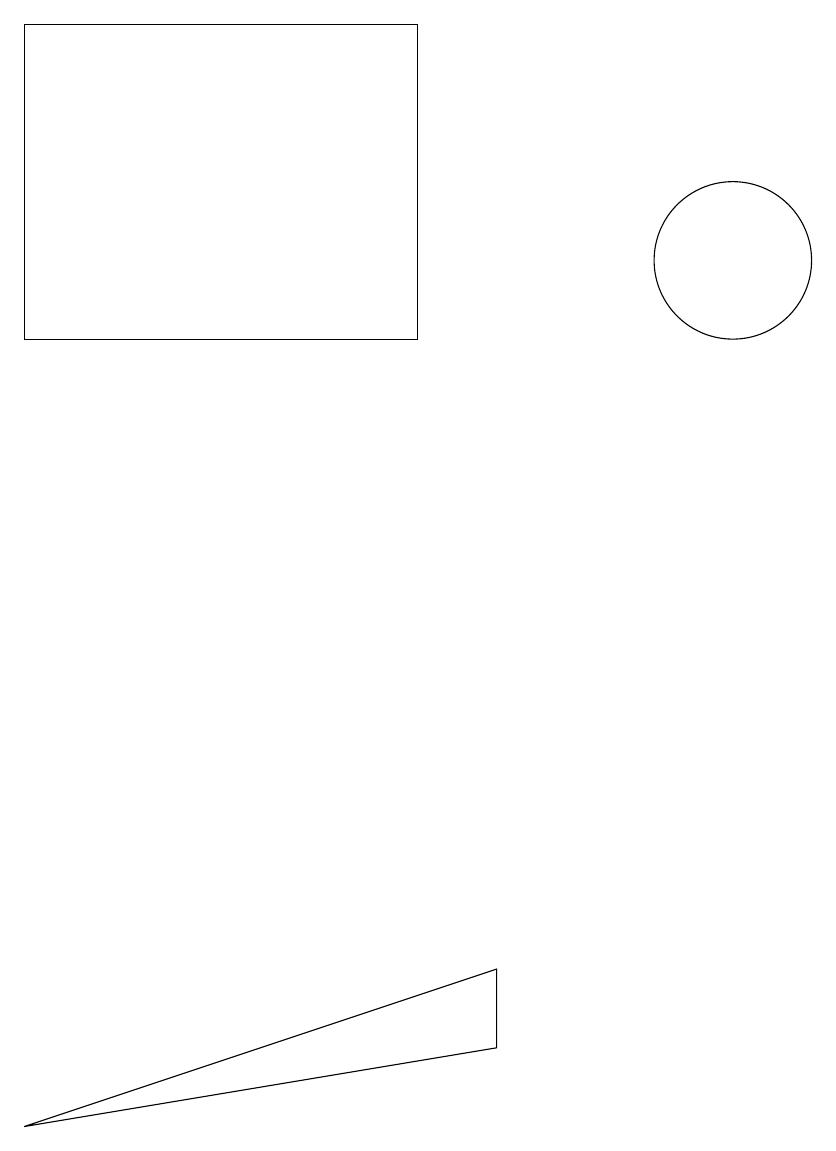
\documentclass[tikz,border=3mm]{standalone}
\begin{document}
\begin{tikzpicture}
\draw (10,11) circle (1);
\draw (7,1) -- (7,2) -- (1,0) -- cycle;
\draw (6,14) rectangle (1,10);
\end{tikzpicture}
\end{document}